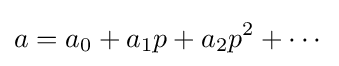
a=a_{0}+a_{1}p+a_{2}p^{2}+\cdots